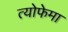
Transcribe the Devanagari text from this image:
त्योफेमा